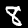
Label: 8